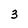
Character: 3